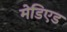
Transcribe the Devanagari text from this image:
मेडिएड